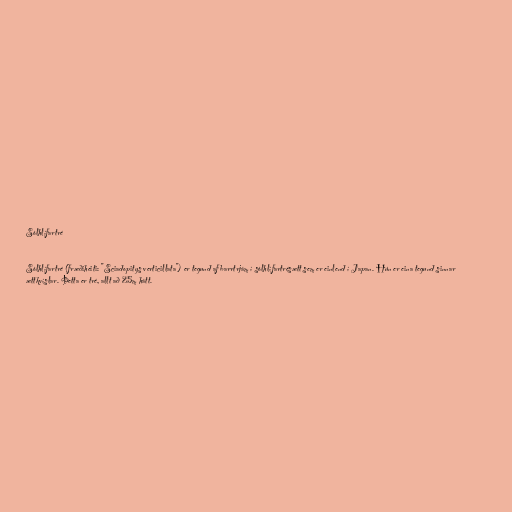
Sólhlífartré

Sólhlífartré (fræðiheiti: "Sciadopitys verticillata") er tegund af barrtrjám í sólhlífartrésætt sem er einlend í Japan. Hún er eina tegund sinnar
ættkvíslar. Þetta er tré, allt að 25m hátt.